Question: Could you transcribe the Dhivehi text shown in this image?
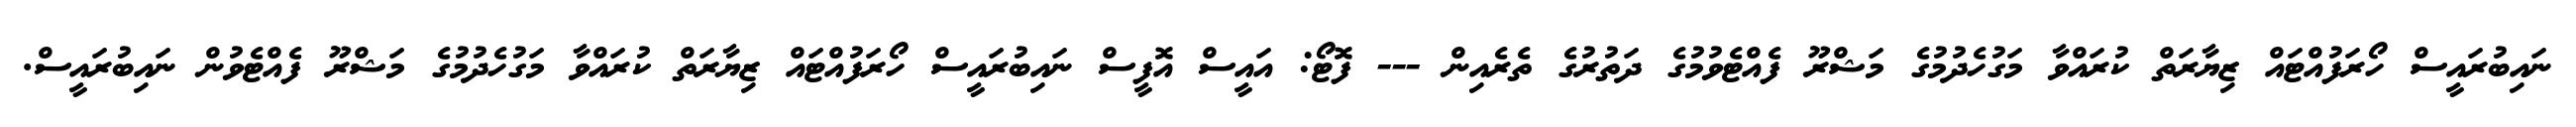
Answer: ނައިބުރައީސް ހޯރަފުއްޓައް ޒިޔާރަތް ކުރައްވާ މަގުހެދުމުގެ މަޝްރޫ ފެއްޓެވުމުގެ ދަތުރުގެ ތެރެއިން --- ފޮޓޯ: އައީސް އޮފީސް ނައިބުރައީސް ހޯރަފުއްޓައް ޒިޔާރަތް ކުރައްވާ މަގުހެދުމުގެ މަޝްރޫ ފެއްޓެވުން ނައިބުރައީސް.